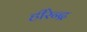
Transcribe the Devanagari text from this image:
हीरेन्द्र